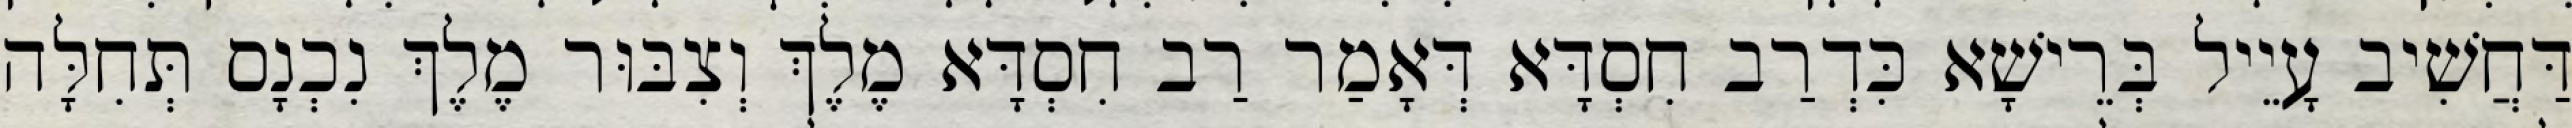
דַּחֲשִׁיב עָיֵיל בְּרֵישָׁא כִּדְרַב חִסְדָּא דְּאָמַר רַב חִסְדָּא מֶלֶךְ וְצִבּוּר מֶלֶךְ נִכְנָס תְּחִלָּה